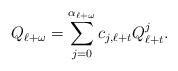
LaTeX: \begin{align*}Q_{\ell+\omega}=\sum\limits_{j=0}^{\alpha_{\ell+\omega}}c_{j,\ell+t}Q_{\ell+t}^{j}.\end{align*}